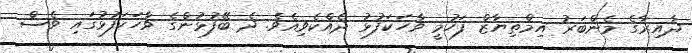
ދާއިރާގެ މެންބަރު އިމްތިޔާޒް ފަހުމީ ވާހަކަފުޅު ދެއްކެވިއެވެ. ދެ ބޭފުޅުންގެ ވާހަކަފުޅުގައި ވެސް